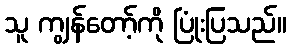
သူ ကျွန်တော့်ကို ပြုံးပြသည်။